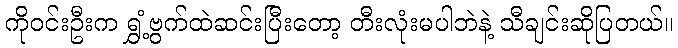
ကိုဝင်းဦးက ရွှံ့ဗွက်ထဲဆင်းပြီးတော့ တီးလုံးမပါဘဲနဲ့ သီချင်းဆိုပြတယ်။